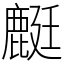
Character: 𪊶